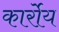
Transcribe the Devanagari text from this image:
कार्रोय